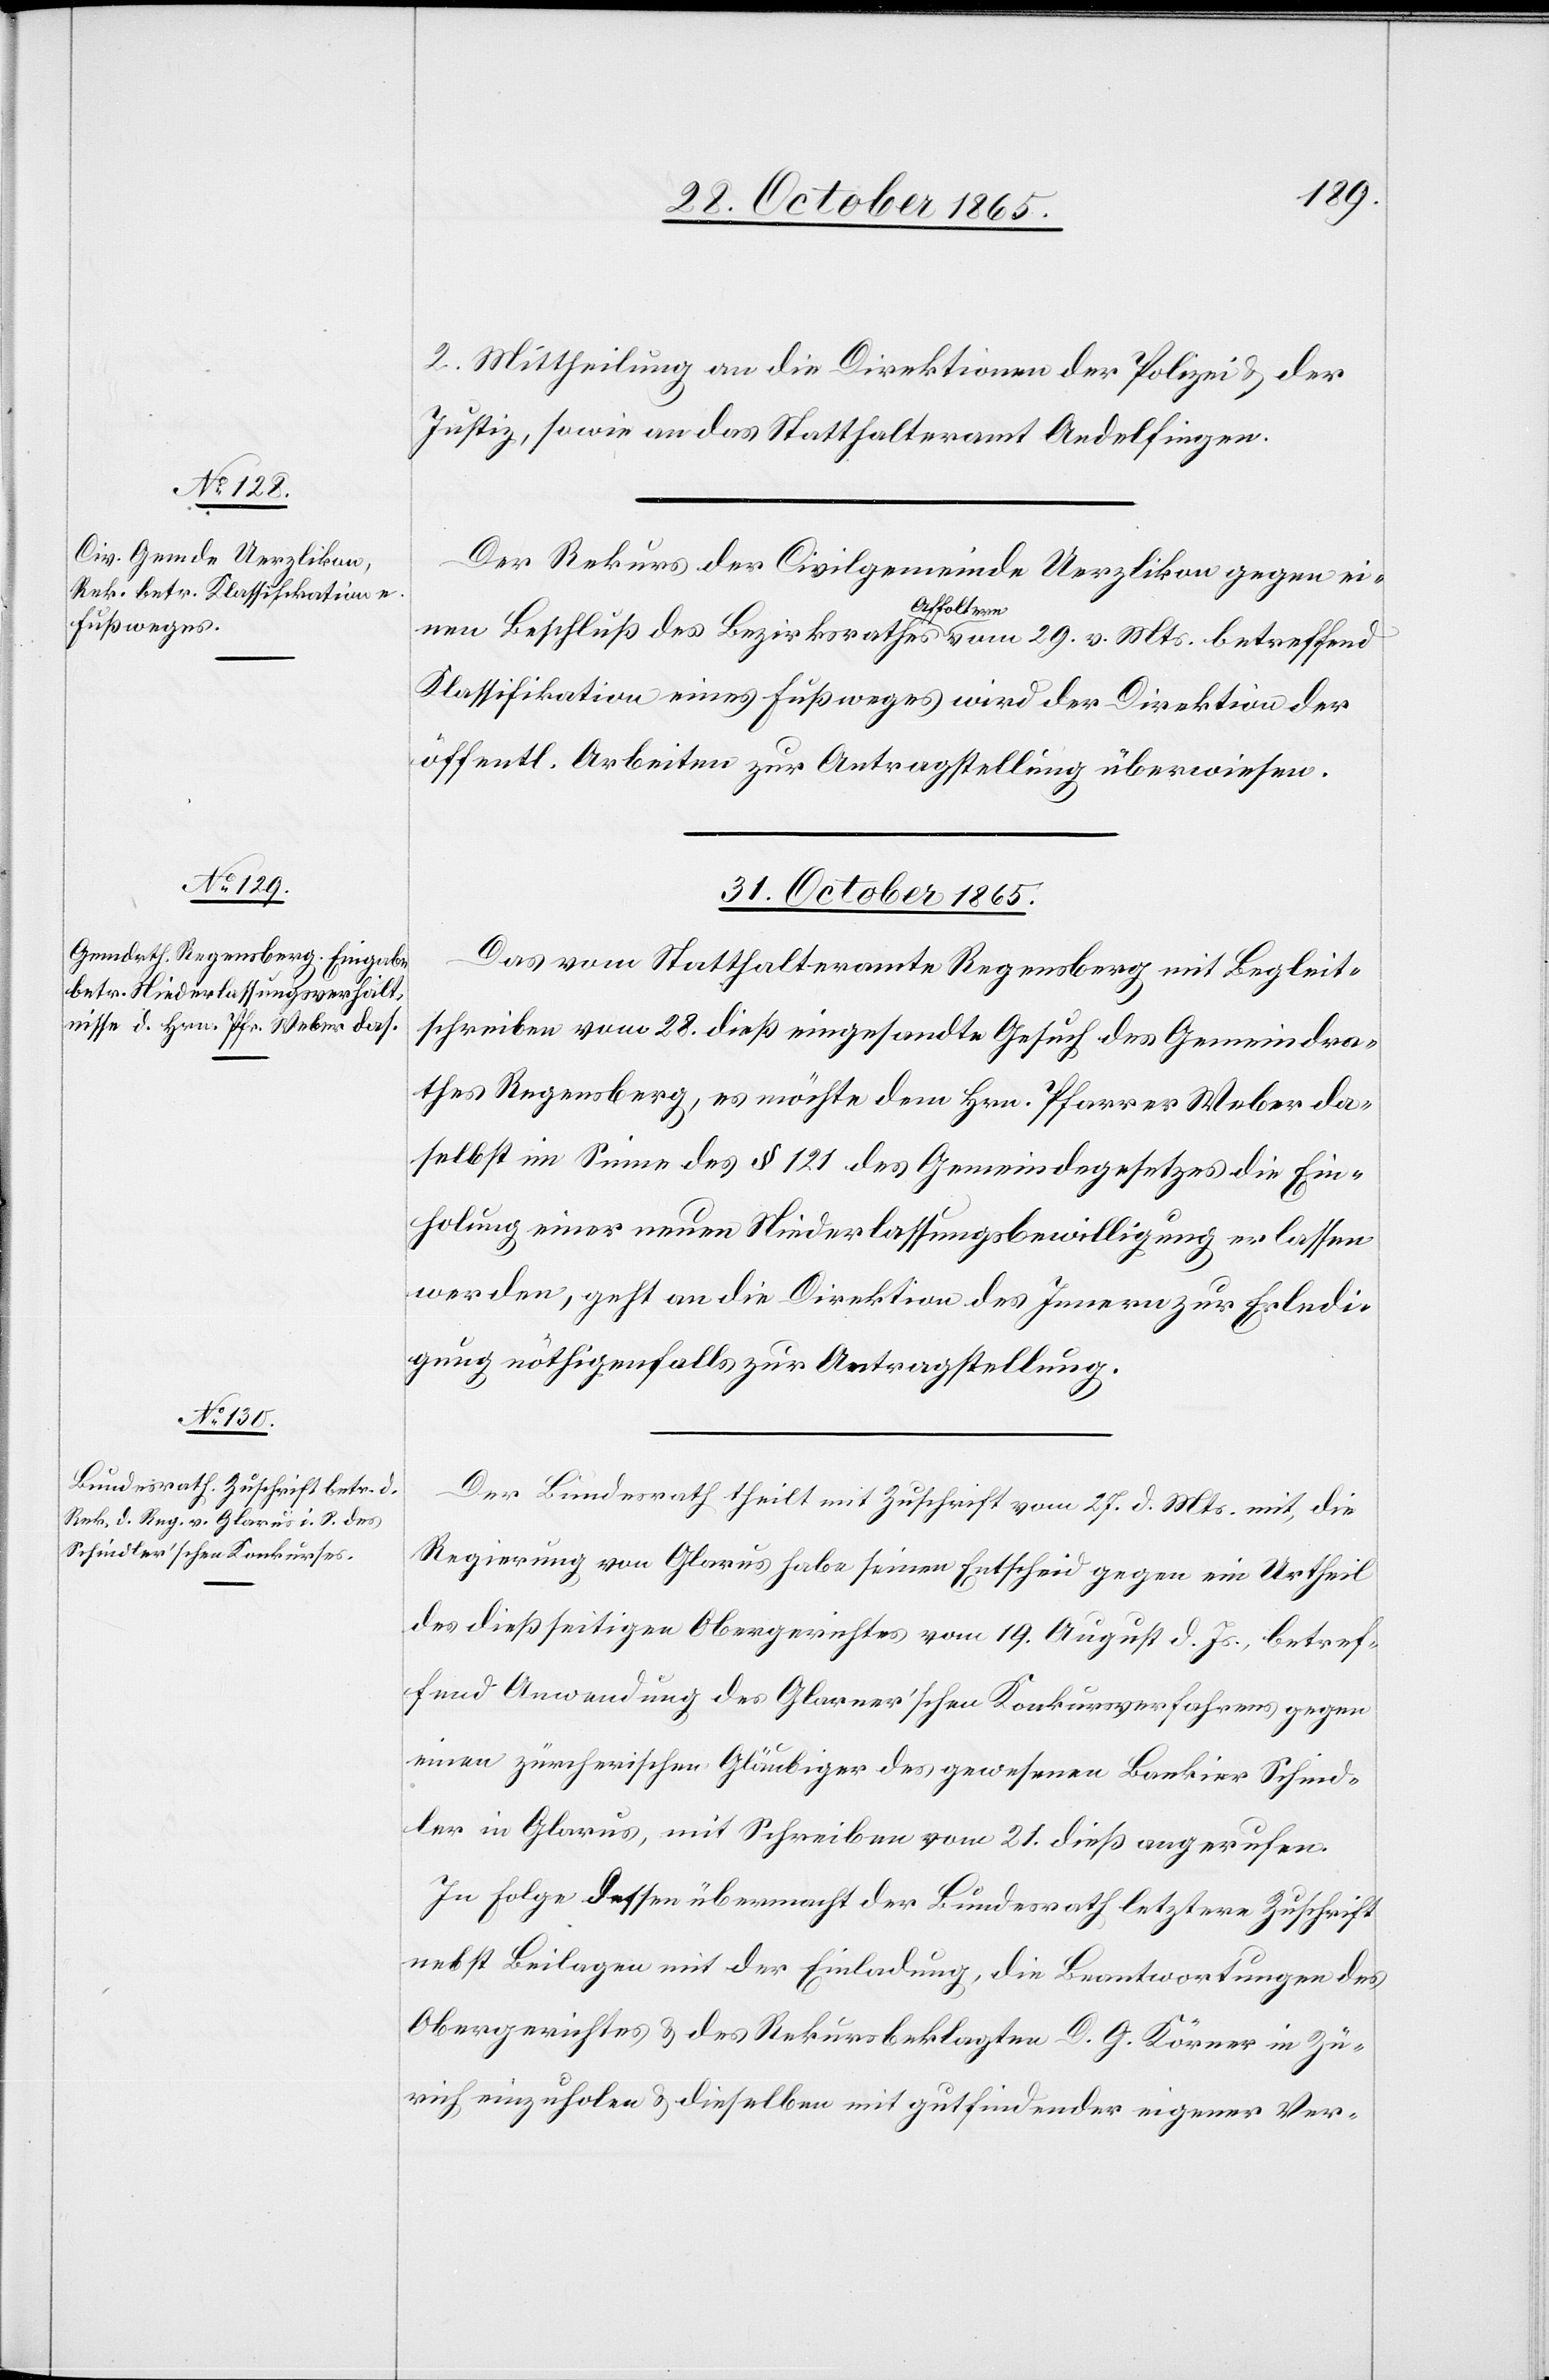
29.
31. October 1865.]
2. Mittheilung an die Direktionen der Polizei & der
Justiz, sowie an das Statthalteramt Andelfingen.
Der Rekurs der Civilgemeinde Uerzlikon gegen einen
Affoltern
Klassifikation eines Fußweges wird der Direktion der
öffentl. Arbeiten zur Antragstellung überwiesen.
31. October 1865.
Das vom Statthalteramte Regensberg mit Begleit¬
schreiben vom 28. dieß eingesandte Gesuch des Gemeindra¬
thes Regensberg, es möchte dem Hrn. Pfarrer Weber da¬
selbst im Sinne des § 121 des Gemeindegesetzes die Ein¬
holung einer neuen Niederlassungsbewilligung erlassen
werden, geht an die Direktion des Innern zur Erledi¬
gung nöthigenfalls zur Antragstellung.
Der Bundesrath theilt mit Zuschrift vom 27. d. Mts. mit, die
Regierung von Glarus habe seinen Entscheid gegen ein Urtheil
des dießseitigen Obergerichtes vom 19. August d. Js., betref¬
fend Anwendung des Glarner’schen Konkursverfahrens gegen
einen zürcherischen Gläubiger des gewesenen Bankier Schind¬
ler in Glarus, mit Schreiben vom 21. dieß angerufen.
In Folge dessen übermacht der Bundesrath letztere Zuschrift
nebst Beilagen mit der Einladung, die Beantwortungen des
Obergerichtes & des Rekursbeklagten D. G. Körner in Zü¬
rich einzuholen & dieselben mit gutfindender eigener Ver-